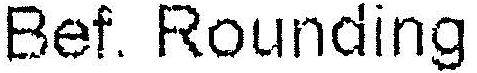
BEF. ROUNDING